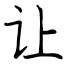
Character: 让